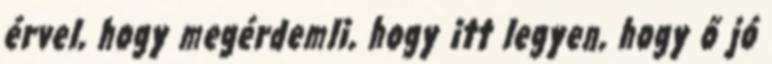
érvel, hogy megérdemli, hogy itt legyen, hogy ő jó